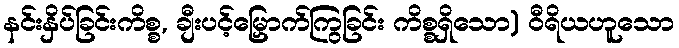
နင်းနှိပ်ခြင်းကိစ္စ, ချီးပင့်မြှောက်ကြွခြင်း ကိစ္စရှိသော) ဝီရိယဟူသော